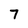
Character: 7